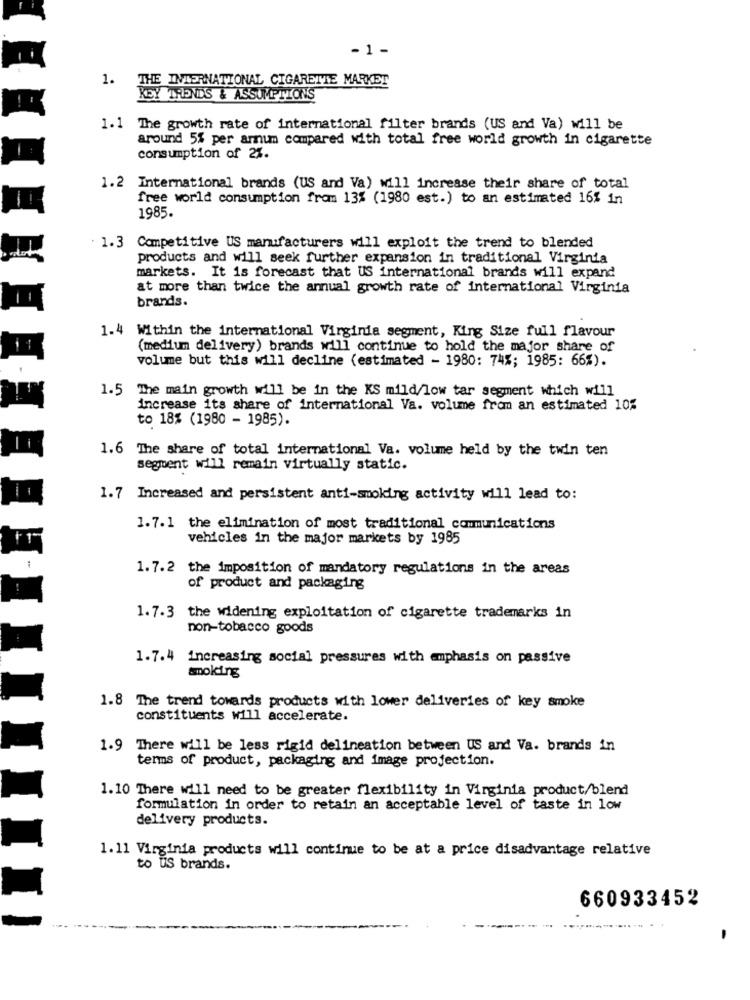
-1 -
THE INTERNATIONAL CIGARETTE MARKET
1.
KEY TRENDS & ASSUMPTIONS
1.1 The growth rate of international filter brands (US and Va) will be
around 5% per arnum compared with total free world growth in cigarette
consumption of 2%.
1.2 International brands (US and Va) will increase their share of total
free world consumption fram 13% (1980 est.) to an estimated 16% in
1985.
1. 3 Competitive US manufacturers will exploit the trend to blended
products and will seek further expansion in traditional Virginia
markets. It is forecast that US international brands will expand
at more than twice the annual growth rate of international Virginia
brands.
1.4 Within the international Virginia segment, King Size full flavour
(medium delivery) brands will continue to hold the major share of
volume but this will decline (estimated - 1980: 74%; 1985: 66%).
1.5
The main growth will be in the KS mild/low tar segment which will
increase its share of international Va. volume from an estimated 10%
to 18% (1980 - 1985).
1.6 The share of total international Va. volume held by the twin ten
segment will remain virtually static.
1.7 Increased and persistent anti-smoking activity will lead to:
1.7.1 the elimination of most traditional communications
vehicles in the major markets by 1985
1.7.2 the imposition of mandatory regulations in the areas
of product and packaging
1.7.3 the widening exploitation of cigarette trademarks in
non-tobacco goods
1.7.4 increasing social pressures with emphasis on passive
smoking
1.8 The trend towards products with lower deliveries of key smoke
constituents will accelerate.
1.9 There will be less rigid delineation between US and Va. brands in
terms of product, packaging and image projection.
1.10 There will need to be greater flexibility in Virginia product/blend
formulation in order to retain an acceptable level of taste in low
delivery products.
1. 11 Virginia products will continue to be at a price disadvantage relative
to Us brands.
660933452